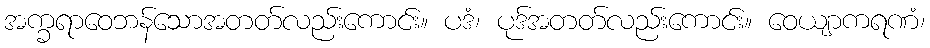
အက္ခရာဝေဘန်သောအတတ်လည်းကောင်း။ ပဒံ၊ ပုဒ်အတတ်လည်းကောင်း။ ဝေယျာကရဏံ၊